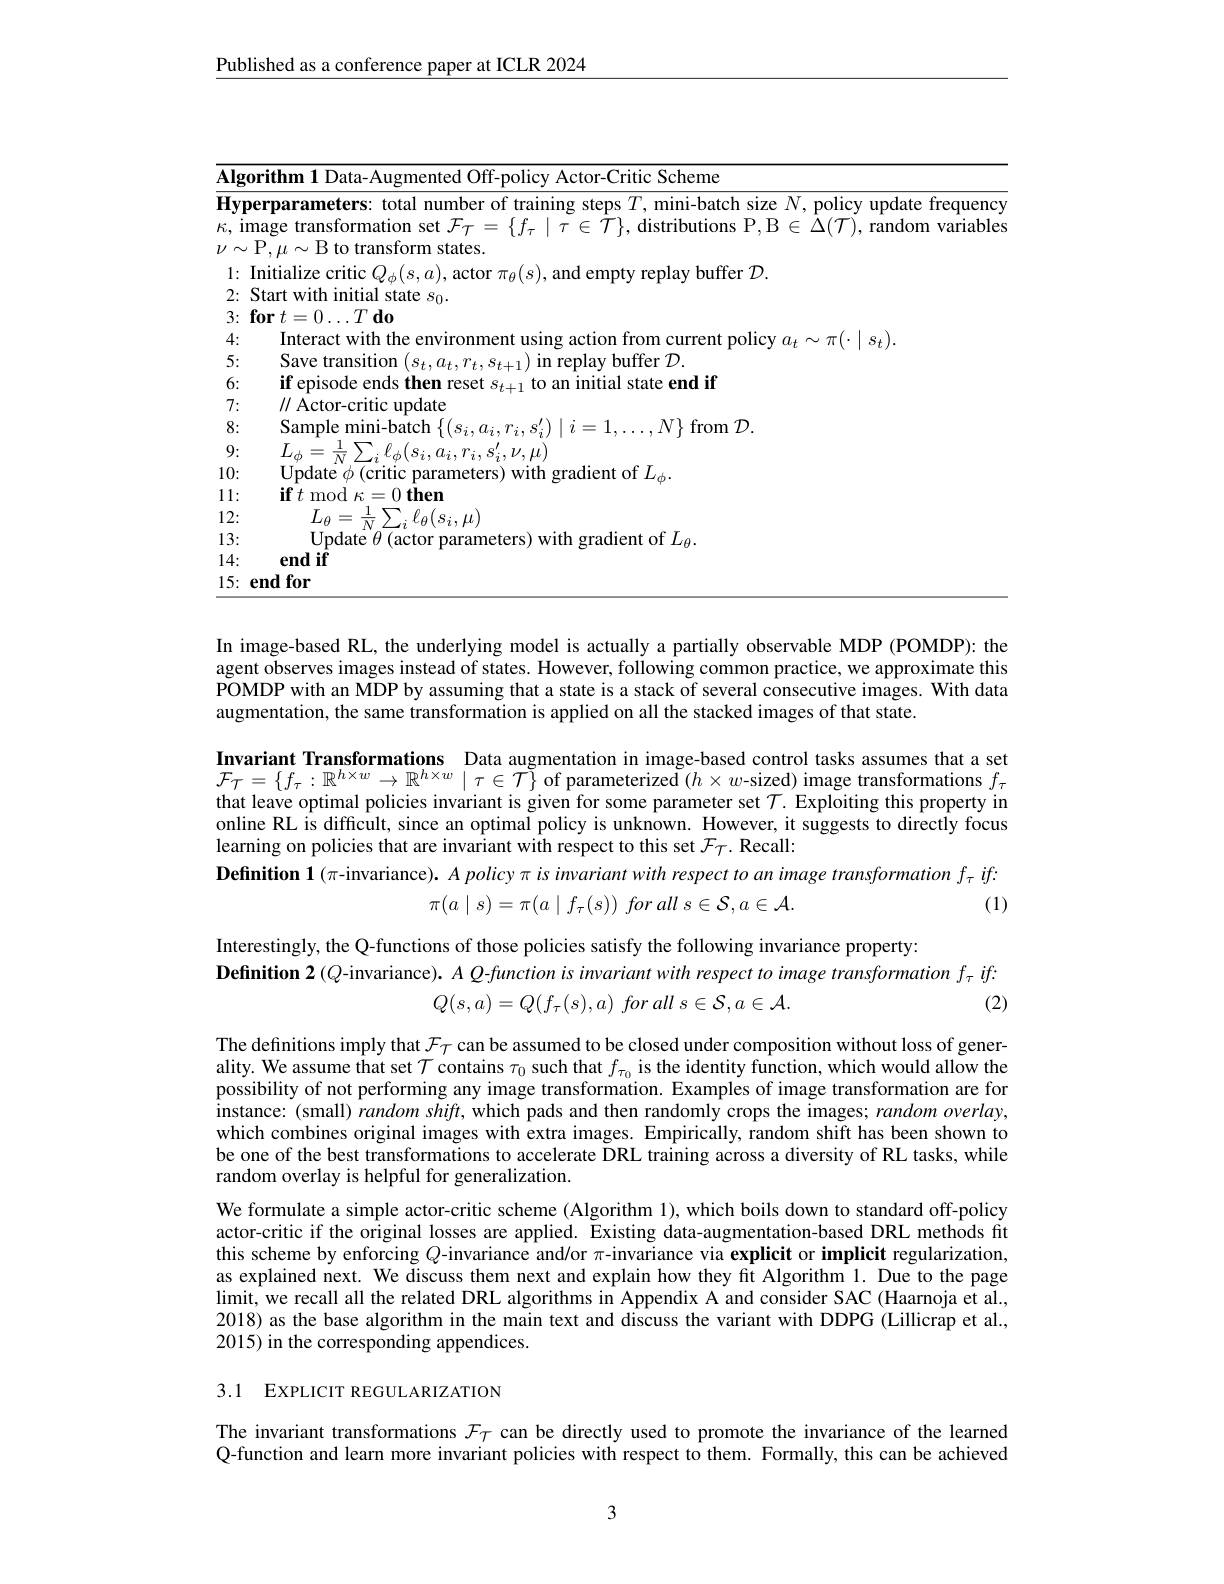
$\underline{\text{Published as a conference paper at ICLR 2024}}$

<table>
	<tbody>
		<tr>
			<td>$\overline{\mathbf{Alg}(}$</td>
			<td>rithm $\overline{\mathrm{Actor-Critic~Scheme}}$</td>
		</tr>
		<tr>
			<td>$Hy$ 1 1 1 I</td>
			<td>requer</td>
		</tr>
		<tr>
			<td>3:</td>
			<td>$\textbf{for}t= 0\ldots T\textbf{do}$</td>
		</tr>
		<tr>
			<td>4:</td>
			<td>Interact with the environment using g action from current policr $\sim\pi(\cdot\mid s_{t})$</td>
		</tr>
		<tr>
			<td>5:</td>
			<td>Save transition in replav buffer $\mathcal{D}$</td>
		</tr>
		<tr>
			<td>6:</td>
			<td>$\textbf{if episode ends then reset s}$ initial state end if</td>
		</tr>
		<tr>
			<td>一</td>
			<td>ctor- crit ate</td>
		</tr>
		<tr>
			<td>8:</td>
			<td>samn nle mini-hatch $\{$ from $\mathcal{D}$</td>
		</tr>
		<tr>
			<td>0</td>
			<td> </td>
		</tr>
		<tr>
			<td>10:</td>
			<td>Indate $\phi \left ( \mathrm{critic}\right )$ ient of $I$</td>
		</tr>
		<tr>
			<td>1 1</td>
			<td>$\mathbf{f} t\mathrm{mod}\kappa = 0\textbf{th}$ hen</td>
		</tr>
		<tr>
			<td>12:</td>
			<td>$L_{\theta}=\frac{1}{N}\sum_{i}\ell_{\theta}(s_{i},\mu)$ $n1$</td>
		</tr>
		<tr>
			<td>13:</td>
			<td>Undate$\theta ($actor nara $\operatorname{radient}$of$I_{co}$</td>
		</tr>
		<tr>
			<td>14:</td>
			<td>end</td>
		</tr>
		<tr>
			<td>1 5</td>
			<td> </td>
		</tr>
	</tbody>
</table>

In image-based RL, the underlying model is actually a partially observable MDP (POMDP): the agent observes images instead of states. However, following common practice, we approximate this POMDP with an MDP by assuming that a state is a stack of several consecutive images. With data augmentation, the same transformation is applied on all the stacked images of that state.
Invariant Transformations Data augmentation in image-based control tasks assumes that a set $\mathcal{F}_T=\{f_\tau:\mathbb{R}^{h\times w}\to\mathbb{R}^{h\times w}\mid\tau\in\mathcal{T}\}$ of parameterized $(h\times w$-sized) image transformations $f_\tau$ that leave optimal policies invariant is given for some parameter set $\mathcal{T}.$ Exploiting this property in online RL is difficult, since an optimal policy is unknown. However, it suggests to directly focus learning on policies that are invariant with respect to this set $\mathcal{F}_{\mathcal{T}}.$ Recall:
Definition 1(π-invariance). A policyπis invariant with respect to an image transformation $f_\tau$ iff:
$$\pi(a\mid s)=\pi(a\mid f_{\tau}(s))\:for\:all\:s\in\mathcal{S},a\in\mathcal{A}.$$
(1)

Interestingly, the Q-functions of those policies satisfy the following invariance property:
Definition 2 (Q-invariance). $A$ Q-function is invariant with respect to image transformation $f_\tau$ iff:
$$Q(s,a)=Q(f_{\tau}(s),a)\:for\:all\:s\in\mathcal{S},a\in\mathcal{A}.$$
(2)

The definitions imply that $\mathcal{F}_{\mathcal{T}}$ can be assumed to be closed under composition without loss of generality. We assume that set $\mathcal{T}$ contains $\tau_0$ such that $f_{\tau_0}$ is the identity function, which would allow the possibility of not performing any image transformation. Examples of image transformation are for instance: (small) random shift, which pads and then randomly crops the images; random overlay, which combines original images with extra images. Empirically, random shift has been shown to be one of the best transformations to accelerate DRL training across a diversity of RL tasks, while random overlay is helpful for generalization.
We formulate a simple actor-critic scheme (Algorithm 1), which boils down to standard off-policy actor-critic if the original losses are applied. Existing data-augmentation-based DRL methods fit this scheme by enforcing $Q$-invariance and/or $\pi$-invariance via explicit or implicit regularization, as explained next. We discuss them next and explain how they fit Algorithm 1. Due to the page limit, we recall all the related DRL algorithms in Appendix A and consider SAC (Haarnoja et al., 2018) as the base algorithm in the main text and discuss the variant with DDPG (Lillicrap et al., 2015) in the corresponding appendices.

## 3.1 EXPLICIT REGULARIZATION

The invariant transformations $\mathcal{F}_\mathcal{T}$ can be directly used to promote the invariance of the learned Q-function and learn more invariant policies with respect to them. Formally, this can be achieved

3